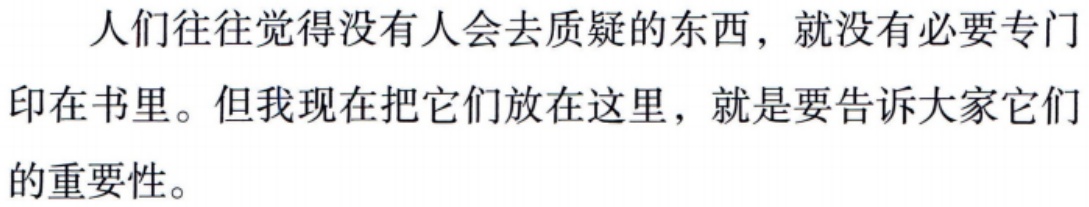
人们往往觉得没有人会去质疑的东西，就没有必要专门印在书里。但我现在把它们放在这里，就是要告诉大家它们的重要性。